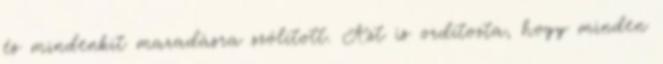
és mindenkit maradásra szólított. Azt is ordítozta, hogy minden